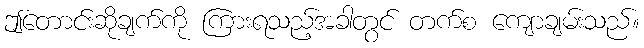
ဤတောင်းဆိုချက်ကို ကြားရသည့်အခါတွင် တက်စ ကျောချမ်းသည်။